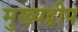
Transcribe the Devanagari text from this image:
मुख्यद्वीप